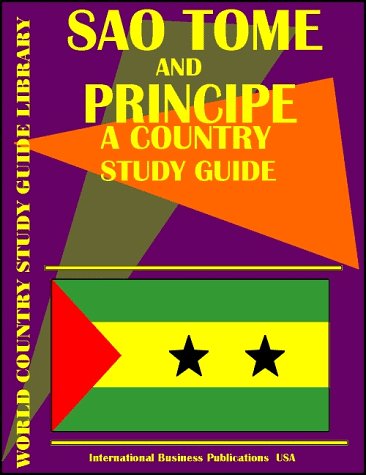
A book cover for Sao Tome and Principe Country Study Guide (World Country; Ibp Usa; Travel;